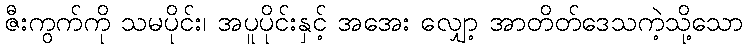
ဇီးကွက်ကို သမပိုင်း၊ အပူပိုင်းနှင့် အအေး လျှော့ အာတိတ်ဒေသကဲ့သို့သော